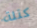
كتلة